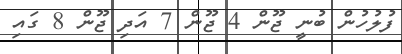
ފުލުހުން ބުނީ ޖޫން 4 ޖޫން 7 އަދި ޖޫން 8 ގައި